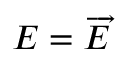
E = { \overrightarrow { E } }